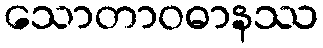
သောတာဝဓာနဿ